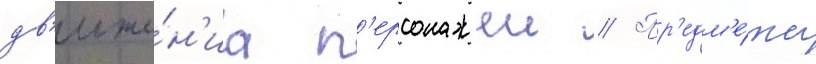
дв'иже́н'иа п'ерсонажеи // Пр'едм'е́ты